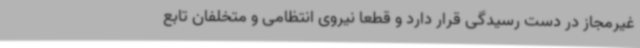
غیرمجاز در دست رسیدگی قرار دارد و قطعاً نیروی انتظامی و متخلفان تابع